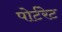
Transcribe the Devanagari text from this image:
पोर्टरेट